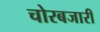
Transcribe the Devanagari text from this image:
चोरबजारी